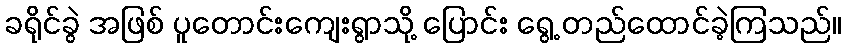
ခရိုင်ခွဲ အဖြစ် ပူတောင်းကျေးရွာသို့ ပြောင်း ရွေ့ တည်ထောင်ခဲ့ကြသည်။